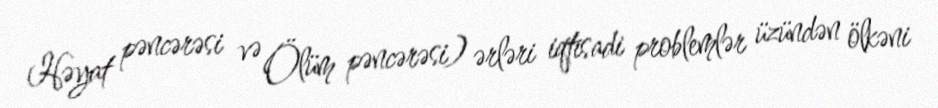
Həyat pəncərəsi və Ölüm pəncərəsi) ərləri iqtisadi problemlər üzündən ölkəni